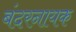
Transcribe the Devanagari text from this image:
बंदरनायक